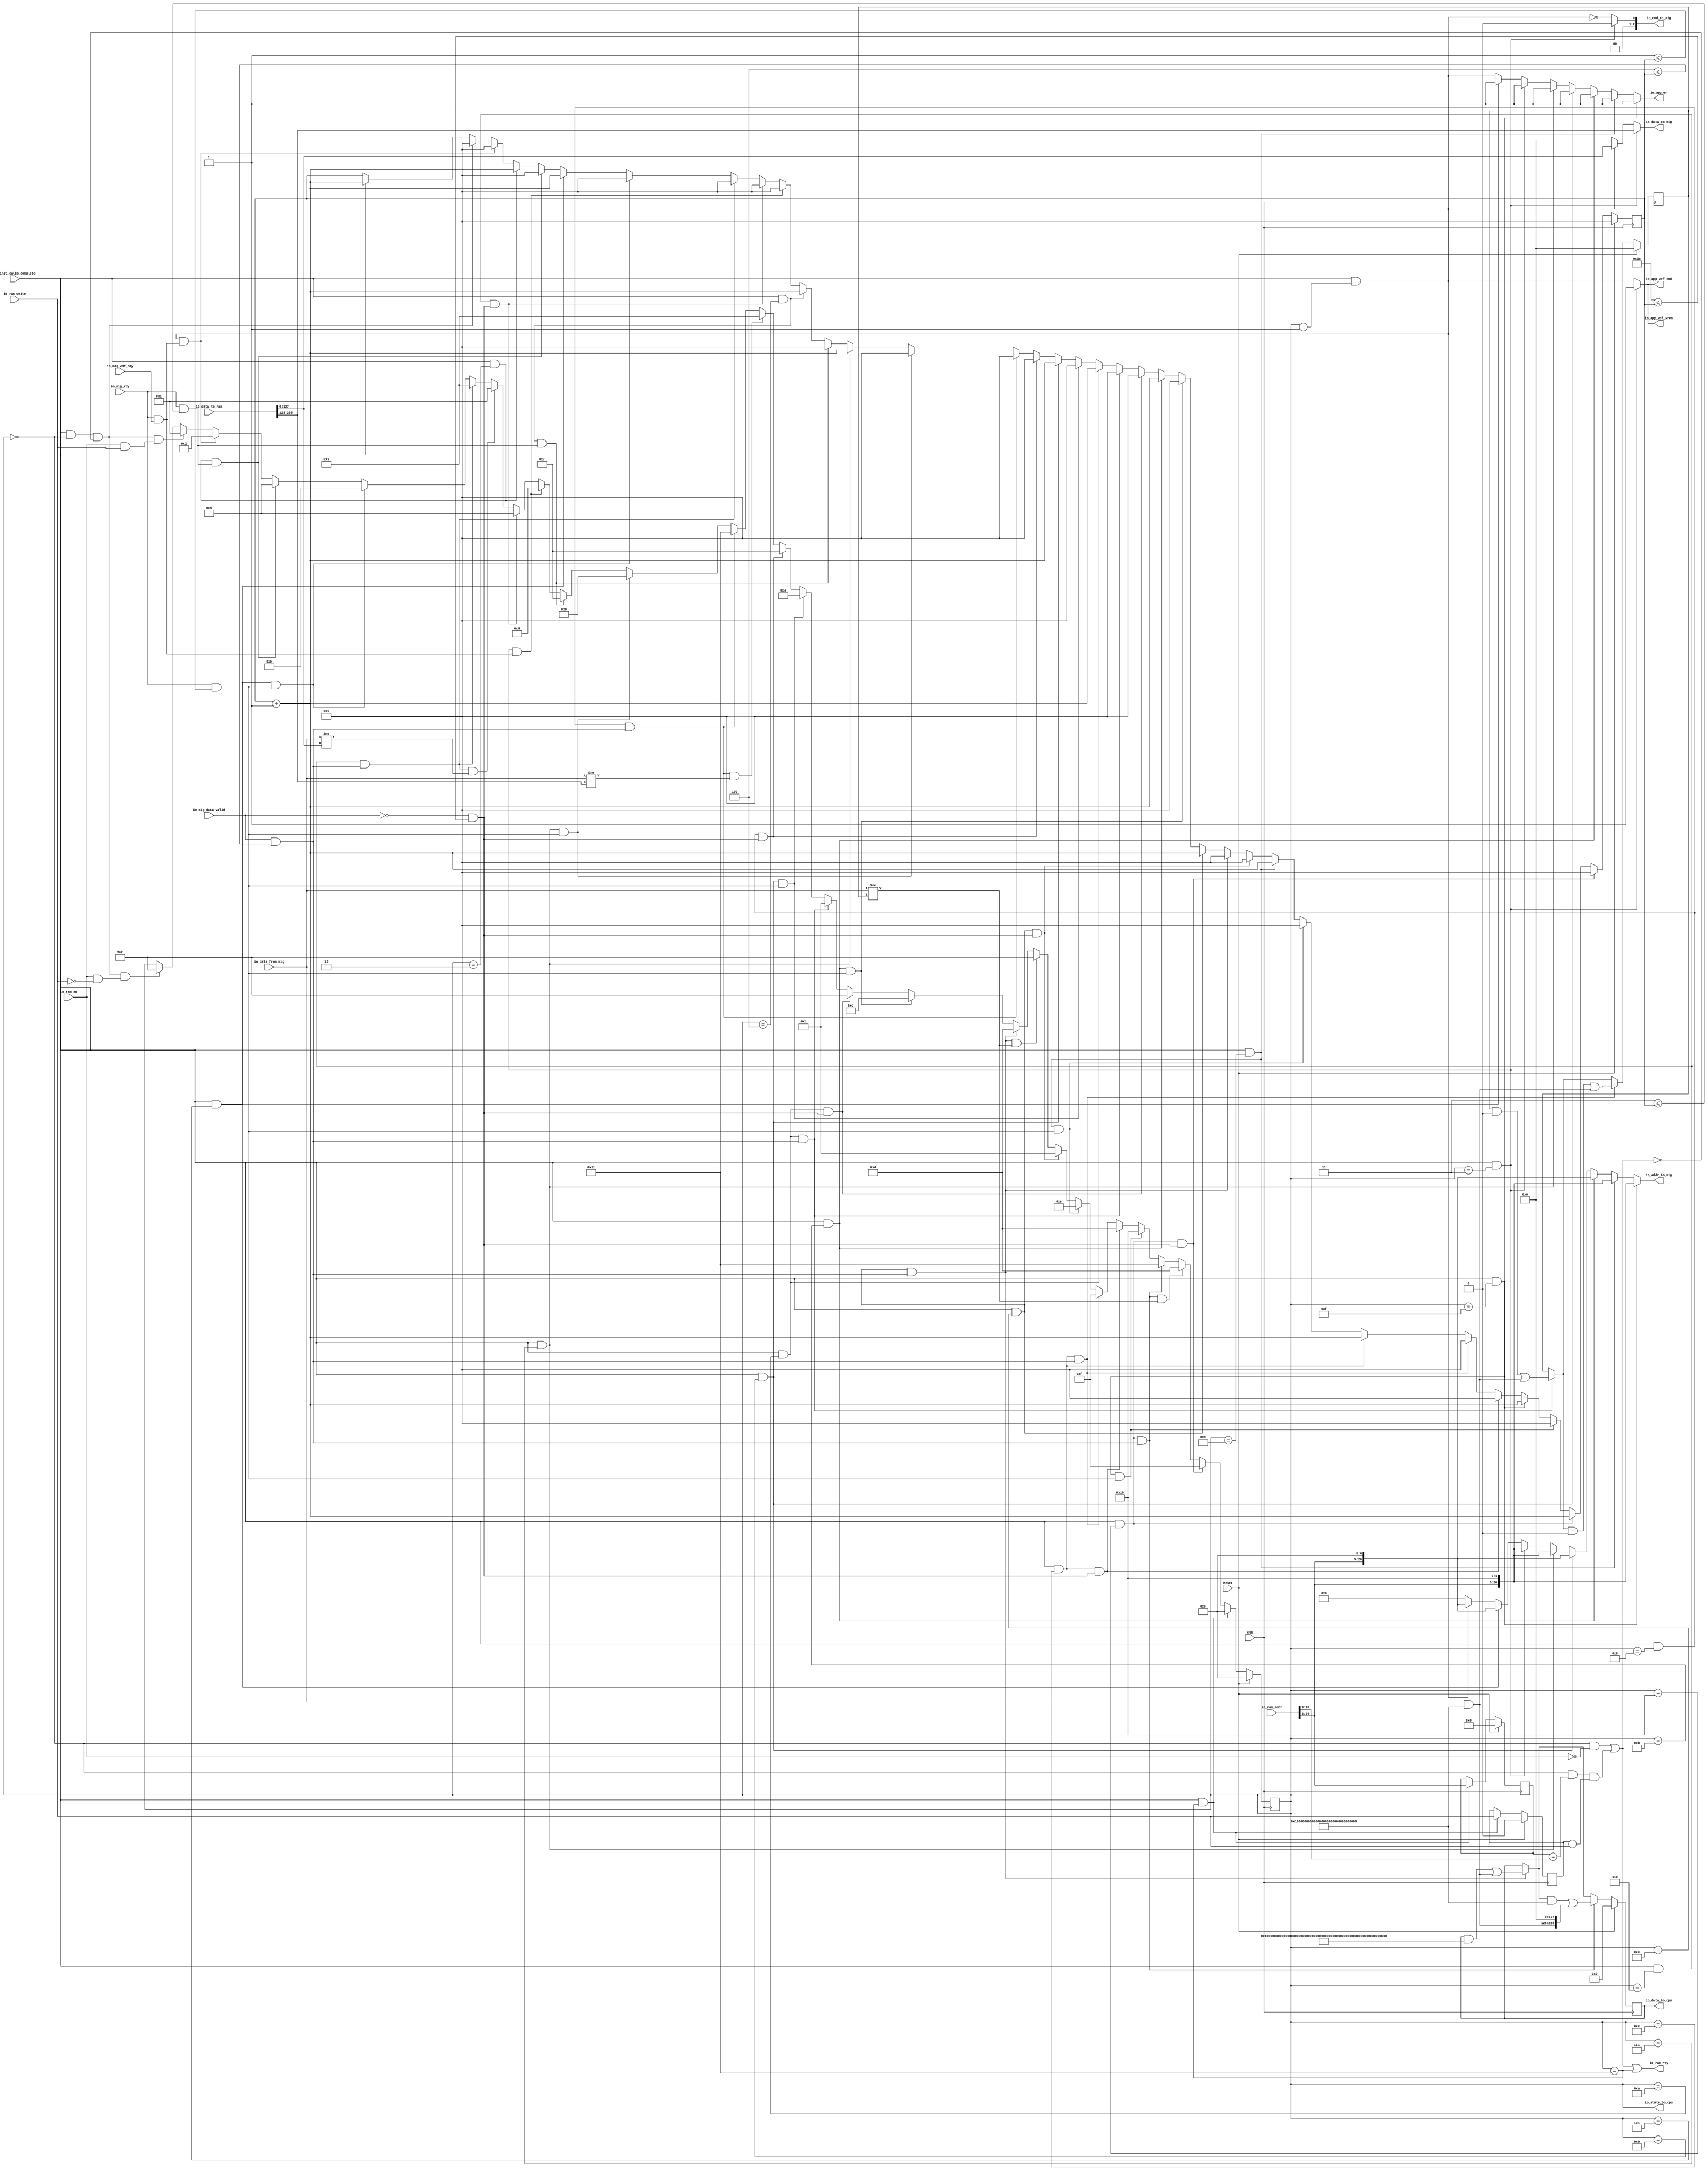
module DDRControlModule(input clk, input reset,
    input  io_init_calib_complete,
    input  io_mig_data_valid,
    input  io_mig_rdy,
    input  io_mig_wdf_rdy,
    input [127:0] io_data_from_mig,
    input  io_ram_en,
    input  io_ram_write,
    input [29:0] io_ram_addr,
    input [255:0] io_data_to_ram,
    output[2:0] io_cmd_to_mig,
    output io_app_en,
    output io_ram_rdy,
    output io_app_wdf_wren,
    output io_app_wdf_end,
    output[26:0] io_addr_to_mig,
    output[127:0] io_data_to_mig,
    output[255:0] io_data_to_cpu,
    output[4:0] io_state_to_cpu
);

  reg [4:0] state;
  wire[4:0] T283;
  wire[4:0] T0;
  wire[4:0] T1;
  wire[4:0] T2;
  wire[4:0] T3;
  wire[4:0] T4;
  wire[4:0] T5;
  wire[4:0] T6;
  wire[4:0] T7;
  wire[4:0] T8;
  wire[4:0] T9;
  wire[4:0] T10;
  wire[4:0] T11;
  wire[4:0] T12;
  wire[4:0] T13;
  wire[4:0] T14;
  wire[4:0] T15;
  wire[4:0] T16;
  wire[4:0] T17;
  wire[4:0] T18;
  wire[4:0] T19;
  wire[4:0] T20;
  wire[4:0] T21;
  wire[4:0] T22;
  wire[4:0] T23;
  wire[4:0] T24;
  wire[4:0] T25;
  wire[4:0] T26;
  wire[4:0] T27;
  wire[4:0] T28;
  wire T29;
  wire T30;
  wire T31;
  wire T32;
  wire T33;
  wire not_move;
  wire T34;
  wire T35;
  reg  ram_write_old;
  wire T284;
  wire T36;
  wire T37;
  wire T38;
  wire[22:0] T39;
  wire[22:0] T285;
  reg [21:0] ram_addr_old;
  wire[21:0] T286;
  wire[22:0] T287;
  wire[22:0] T40;
  wire[22:0] T288;
  wire[22:0] T41;
  wire T42;
  wire T43;
  wire T44;
  wire T45;
  wire T46;
  wire T47;
  wire T48;
  wire T49;
  wire T50;
  wire T51;
  wire T52;
  wire T53;
  wire T54;
  wire T55;
  wire T56;
  reg [5:0] counter;
  wire[5:0] T289;
  wire[5:0] T57;
  wire[5:0] T58;
  wire[5:0] T59;
  wire[5:0] T60;
  wire[5:0] T61;
  wire[5:0] T62;
  wire[5:0] T63;
  wire[5:0] T64;
  wire[5:0] T65;
  wire[5:0] T66;
  wire[5:0] T67;
  wire[5:0] T68;
  wire[5:0] T69;
  wire[5:0] T70;
  wire[5:0] T71;
  wire[5:0] T72;
  wire[5:0] T73;
  wire[5:0] T74;
  wire[5:0] T75;
  wire[5:0] T76;
  wire[5:0] T77;
  wire[5:0] T78;
  wire[5:0] T79;
  wire[5:0] T80;
  wire[5:0] T81;
  wire[5:0] T82;
  wire[5:0] T83;
  wire[5:0] T84;
  wire[5:0] T85;
  wire[5:0] T86;
  wire[5:0] T87;
  wire[5:0] T88;
  wire[5:0] T89;
  wire[5:0] T90;
  wire[5:0] T91;
  wire[5:0] T92;
  wire[5:0] T93;
  wire[5:0] T94;
  wire T95;
  wire T96;
  wire[5:0] T97;
  wire T98;
  wire T99;
  wire[5:0] T100;
  wire T101;
  wire T102;
  wire[5:0] T103;
  wire T104;
  wire T105;
  wire[5:0] T106;
  wire T107;
  wire T108;
  wire[5:0] T109;
  wire T110;
  wire T111;
  wire[5:0] T112;
  wire T113;
  wire T114;
  wire[5:0] T115;
  wire T116;
  wire T117;
  wire[5:0] T118;
  wire T119;
  wire T120;
  wire[5:0] T121;
  wire T122;
  wire T123;
  wire[5:0] T124;
  wire T125;
  wire T126;
  wire T127;
  wire T128;
  wire T129;
  wire T130;
  wire T131;
  wire T132;
  wire T133;
  wire T134;
  wire T135;
  wire T136;
  wire T137;
  wire T138;
  wire[127:0] T139;
  wire T140;
  wire T141;
  wire T142;
  wire T143;
  wire T144;
  wire T145;
  wire T146;
  wire T147;
  wire T148;
  wire T149;
  wire T150;
  wire T151;
  wire T152;
  wire T153;
  wire T154;
  wire T155;
  wire T156;
  wire T157;
  wire T158;
  wire T159;
  wire T160;
  wire[127:0] T161;
  wire T162;
  wire T163;
  wire T164;
  wire T165;
  wire T166;
  wire T167;
  wire T168;
  wire T169;
  wire T170;
  wire T171;
  wire T172;
  wire T173;
  wire T174;
  wire T175;
  wire T176;
  wire T177;
  wire T178;
  wire T179;
  wire T180;
  wire T181;
  wire T182;
  wire T183;
  wire[127:0] T184;
  reg [127:0] buffer_old;
  wire[127:0] T290;
  wire[128:0] T291;
  wire[128:0] T185;
  wire[128:0] T186;
  wire[128:0] T292;
  wire[128:0] T187;
  wire[128:0] T293;
  wire[127:0] T188;
  wire[127:0] T189;
  wire[128:0] T190;
  wire[128:0] T191;
  wire[128:0] T192;
  wire[128:0] T294;
  wire[128:0] T193;
  wire[128:0] T295;
  wire[127:0] T194;
  wire[127:0] T195;
  wire[128:0] T196;
  wire[128:0] T197;
  wire[128:0] T198;
  wire T199;
  wire T200;
  wire T201;
  wire T202;
  wire T203;
  wire T204;
  wire T205;
  wire T206;
  wire T207;
  wire T208;
  wire T209;
  wire T210;
  wire T211;
  wire T212;
  wire T213;
  wire T214;
  wire T215;
  wire T216;
  wire T217;
  wire T218;
  wire T219;
  wire T220;
  wire[127:0] T221;
  wire T222;
  wire T223;
  wire T224;
  wire T225;
  wire T226;
  wire T227;
  reg [255:0] buffer;
  wire[255:0] T296;
  wire[256:0] T297;
  wire[256:0] T228;
  wire[256:0] T298;
  wire[255:0] T229;
  wire[255:0] T230;
  wire[255:0] T299;
  wire[127:0] T231;
  wire[127:0] T232;
  wire[255:0] T233;
  wire[255:0] T300;
  wire[128:0] T234;
  wire[128:0] T235;
  wire[126:0] T301;
  wire T302;
  wire[256:0] T236;
  wire[256:0] T303;
  wire[255:0] T237;
  wire[127:0] T238;
  wire[256:0] T239;
  wire[256:0] T240;
  wire[256:0] T241;
  wire[256:0] T304;
  wire[127:0] T242;
  wire[127:0] T243;
  wire[127:0] T244;
  wire[127:0] T245;
  wire[26:0] T305;
  wire[27:0] T246;
  wire[27:0] T247;
  wire[27:0] T248;
  wire[27:0] T249;
  wire[27:0] T250;
  wire[27:0] T251;
  wire[27:0] T252;
  wire[27:0] T253;
  wire[27:0] T254;
  wire[22:0] T255;
  wire[27:0] T256;
  wire[22:0] T257;
  wire[27:0] T258;
  wire[22:0] T259;
  wire[27:0] T260;
  wire[22:0] T261;
  wire[27:0] T262;
  wire[22:0] T263;
  wire[27:0] T264;
  wire[22:0] T265;
  wire[27:0] T266;
  wire[22:0] T267;
  wire[27:0] T268;
  wire[22:0] T269;
  wire T270;
  wire T271;
  wire T272;
  wire T273;
  wire T274;
  wire T275;
  wire T276;
  wire T277;
  wire T278;
  wire T279;
  wire T280;
  wire[2:0] T306;
  wire T281;
  wire T282;

`ifndef SYNTHESIS
// synthesis translate_off
  integer initvar;
  initial begin
    #0.002;
    state = {1{$random}};
    ram_write_old = {1{$random}};
    ram_addr_old = {1{$random}};
    counter = {1{$random}};
    buffer_old = {4{$random}};
    buffer = {8{$random}};
  end
// synthesis translate_on
`endif

  assign io_state_to_cpu = state;
  assign T283 = reset ? 5'h0 : T0;
  assign T0 = T226 ? 5'h0 : T1;
  assign T1 = T222 ? 5'hf : T2;
  assign T2 = T219 ? 5'hd : T3;
  assign T3 = T216 ? 5'h11 : T4;
  assign T4 = T213 ? 5'h10 : T5;
  assign T5 = T209 ? 5'hd : T6;
  assign T6 = T206 ? 5'hf : T7;
  assign T7 = T203 ? 5'he : T8;
  assign T8 = T199 ? 5'hb : T9;
  assign T9 = T182 ? 5'h9 : T10;
  assign T10 = T179 ? 5'hd : T11;
  assign T11 = T176 ? 5'hc : T12;
  assign T12 = T172 ? 5'h9 : T13;
  assign T13 = T169 ? 5'hb : T14;
  assign T14 = T166 ? 5'ha : T15;
  assign T15 = T162 ? 5'h7 : T16;
  assign T16 = T159 ? 5'h3 : T17;
  assign T17 = T154 ? 5'h11 : T18;
  assign T18 = T151 ? 5'h8 : T19;
  assign T19 = T148 ? 5'h7 : T20;
  assign T20 = T144 ? 5'h4 : T21;
  assign T21 = T140 ? 5'h5 : T22;
  assign T22 = T137 ? 5'h1 : T23;
  assign T23 = T132 ? 5'h3 : T24;
  assign T24 = T129 ? 5'h6 : T25;
  assign T25 = T54 ? 5'h5 : T26;
  assign T26 = T50 ? 5'h2 : T27;
  assign T27 = T48 ? 5'h1 : T28;
  assign T28 = T29 ? 5'h9 : state;
  assign T29 = T32 & T30;
  assign T30 = io_ram_en & T31;
  assign T31 = ~ io_ram_write;
  assign T32 = T46 & T33;
  assign T33 = ~ not_move;
  assign not_move = T43 | T34;
  assign T34 = T37 & T35;
  assign T35 = ram_write_old == io_ram_write;
  assign T284 = reset ? 1'h0 : T36;
  assign T36 = T226 ? io_ram_write : ram_write_old;
  assign T37 = T42 & T38;
  assign T38 = T285 == T39;
  assign T39 = io_ram_addr[25:3];
  assign T285 = {1'h0, ram_addr_old};
  assign T286 = T287[21:0];
  assign T287 = reset ? 23'h0 : T40;
  assign T40 = T226 ? T41 : T288;
  assign T288 = {1'h0, ram_addr_old};
  assign T41 = io_ram_addr[25:3];
  assign T42 = state == 5'h0;
  assign T43 = T45 & T44;
  assign T44 = io_ram_en == 1'h0;
  assign T45 = state == 5'h0;
  assign T46 = io_init_calib_complete & T47;
  assign T47 = state == 5'h0;
  assign T48 = T32 & T49;
  assign T49 = io_ram_en & io_ram_write;
  assign T50 = T52 & T51;
  assign T51 = io_mig_rdy & io_mig_wdf_rdy;
  assign T52 = io_init_calib_complete & T53;
  assign T53 = state == 5'h1;
  assign T54 = T127 & T55;
  assign T55 = io_mig_rdy & T56;
  assign T56 = 6'h3 <= counter;
  assign T289 = reset ? 6'h0 : T57;
  assign T57 = T222 ? 6'h0 : T58;
  assign T58 = T125 ? T124 : T59;
  assign T59 = T213 ? 6'h0 : T60;
  assign T60 = T122 ? T121 : T61;
  assign T61 = T209 ? 6'h0 : T62;
  assign T62 = T206 ? 6'h0 : T63;
  assign T63 = T119 ? T118 : T64;
  assign T64 = T203 ? 6'h0 : T65;
  assign T65 = T116 ? T115 : T66;
  assign T66 = T199 ? 6'h0 : T67;
  assign T67 = T179 ? 6'h0 : T68;
  assign T68 = T113 ? T112 : T69;
  assign T69 = T176 ? 6'h0 : T70;
  assign T70 = T110 ? T109 : T71;
  assign T71 = T172 ? 6'h0 : T72;
  assign T72 = T169 ? 6'h0 : T73;
  assign T73 = T107 ? T106 : T74;
  assign T74 = T166 ? 6'h0 : T75;
  assign T75 = T104 ? T103 : T76;
  assign T76 = T162 ? 6'h0 : T77;
  assign T77 = T154 ? 6'h0 : T78;
  assign T78 = T151 ? 6'h0 : T79;
  assign T79 = T101 ? T100 : T80;
  assign T80 = T148 ? 6'h0 : T81;
  assign T81 = T98 ? T97 : T82;
  assign T82 = T144 ? 6'h0 : T83;
  assign T83 = T140 ? 6'h0 : T84;
  assign T84 = T132 ? 6'h0 : T85;
  assign T85 = T129 ? 6'h0 : T86;
  assign T86 = T95 ? T94 : T87;
  assign T87 = T54 ? 6'h0 : T88;
  assign T88 = T127 ? T93 : T89;
  assign T89 = T50 ? 6'h0 : T90;
  assign T90 = T32 ? 6'h0 : T91;
  assign T91 = io_init_calib_complete ? T92 : counter;
  assign T92 = counter + 6'h1;
  assign T93 = counter + 6'h1;
  assign T94 = counter + 6'h1;
  assign T95 = io_init_calib_complete & T96;
  assign T96 = state == 5'h5;
  assign T97 = counter + 6'h1;
  assign T98 = io_init_calib_complete & T99;
  assign T99 = state == 5'h4;
  assign T100 = counter + 6'h1;
  assign T101 = io_init_calib_complete & T102;
  assign T102 = state == 5'h7;
  assign T103 = counter + 6'h1;
  assign T104 = io_init_calib_complete & T105;
  assign T105 = state == 5'h9;
  assign T106 = counter + 6'h1;
  assign T107 = io_init_calib_complete & T108;
  assign T108 = state == 5'ha;
  assign T109 = counter + 6'h1;
  assign T110 = io_init_calib_complete & T111;
  assign T111 = state == 5'hb;
  assign T112 = counter + 6'h1;
  assign T113 = io_init_calib_complete & T114;
  assign T114 = state == 5'hc;
  assign T115 = counter + 6'h1;
  assign T116 = io_init_calib_complete & T117;
  assign T117 = state == 5'hd;
  assign T118 = counter + 6'h1;
  assign T119 = io_init_calib_complete & T120;
  assign T120 = state == 5'he;
  assign T121 = counter + 6'h1;
  assign T122 = io_init_calib_complete & T123;
  assign T123 = state == 5'hf;
  assign T124 = counter + 6'h1;
  assign T125 = io_init_calib_complete & T126;
  assign T126 = state == 5'h10;
  assign T127 = io_init_calib_complete & T128;
  assign T128 = state == 5'h2;
  assign T129 = T95 & T130;
  assign T130 = io_mig_rdy & T131;
  assign T131 = 6'h1 <= counter;
  assign T132 = T135 & T133;
  assign T133 = io_mig_data_valid & T134;
  assign T134 = 6'h4 <= counter;
  assign T135 = io_init_calib_complete & T136;
  assign T136 = state == 5'h6;
  assign T137 = T132 & T138;
  assign T138 = io_data_from_mig != T139;
  assign T139 = io_data_to_ram[127:0];
  assign T140 = T135 & T141;
  assign T141 = T143 & T142;
  assign T142 = 6'h3c <= counter;
  assign T143 = ~ io_mig_data_valid;
  assign T144 = T146 & T145;
  assign T145 = io_mig_rdy & io_mig_wdf_rdy;
  assign T146 = io_init_calib_complete & T147;
  assign T147 = state == 5'h3;
  assign T148 = T98 & T149;
  assign T149 = io_mig_rdy & T150;
  assign T150 = 6'h3 <= counter;
  assign T151 = T101 & T152;
  assign T152 = io_mig_rdy & T153;
  assign T153 = 6'h1 <= counter;
  assign T154 = T157 & T155;
  assign T155 = io_mig_data_valid & T156;
  assign T156 = 6'h4 <= counter;
  assign T157 = io_init_calib_complete & T158;
  assign T158 = state == 5'h8;
  assign T159 = T154 & T160;
  assign T160 = io_data_from_mig != T161;
  assign T161 = io_data_to_ram[255:128];
  assign T162 = T157 & T163;
  assign T163 = T165 & T164;
  assign T164 = 6'h3c <= counter;
  assign T165 = ~ io_mig_data_valid;
  assign T166 = T104 & T167;
  assign T167 = io_mig_rdy & T168;
  assign T168 = 6'h1 <= counter;
  assign T169 = T107 & T170;
  assign T170 = io_mig_data_valid & T171;
  assign T171 = 6'h4 <= counter;
  assign T172 = T107 & T173;
  assign T173 = T175 & T174;
  assign T174 = 6'h3c <= counter;
  assign T175 = ~ io_mig_data_valid;
  assign T176 = T110 & T177;
  assign T177 = io_mig_rdy & T178;
  assign T178 = 6'h1 <= counter;
  assign T179 = T113 & T180;
  assign T180 = io_mig_data_valid & T181;
  assign T181 = 6'h4 <= counter;
  assign T182 = T179 & T183;
  assign T183 = io_data_from_mig != T184;
  assign T184 = buffer_old;
  assign T290 = T291[127:0];
  assign T291 = reset ? 129'h0 : T185;
  assign T185 = T206 ? T193 : T186;
  assign T186 = T169 ? T187 : T292;
  assign T292 = {1'h0, buffer_old};
  assign T187 = T190 | T293;
  assign T293 = {1'h0, T188};
  assign T188 = T189 << 1'h0;
  assign T189 = io_data_from_mig & 128'hffffffffffffffffffffffffffffffff;
  assign T190 = T294 & T191;
  assign T191 = ~ T192;
  assign T192 = 129'hffffffffffffffffffffffffffffffff;
  assign T294 = {1'h0, buffer_old};
  assign T193 = T196 | T295;
  assign T295 = {1'h0, T194};
  assign T194 = T195 << 1'h0;
  assign T195 = io_data_from_mig & 128'hffffffffffffffffffffffffffffffff;
  assign T196 = T186 & T197;
  assign T197 = ~ T198;
  assign T198 = 129'hffffffffffffffffffffffffffffffff;
  assign T199 = T113 & T200;
  assign T200 = T202 & T201;
  assign T201 = 6'h3c <= counter;
  assign T202 = ~ io_mig_data_valid;
  assign T203 = T116 & T204;
  assign T204 = io_mig_rdy & T205;
  assign T205 = 6'h1 <= counter;
  assign T206 = T119 & T207;
  assign T207 = io_mig_data_valid & T208;
  assign T208 = 6'h4 <= counter;
  assign T209 = T119 & T210;
  assign T210 = T212 & T211;
  assign T211 = 6'h3c <= counter;
  assign T212 = ~ io_mig_data_valid;
  assign T213 = T122 & T214;
  assign T214 = io_mig_rdy & T215;
  assign T215 = 6'h1 <= counter;
  assign T216 = T125 & T217;
  assign T217 = io_mig_data_valid & T218;
  assign T218 = 6'h4 <= counter;
  assign T219 = T216 & T220;
  assign T220 = io_data_from_mig != T221;
  assign T221 = buffer_old;
  assign T222 = T125 & T223;
  assign T223 = T225 & T224;
  assign T224 = 6'h3c <= counter;
  assign T225 = ~ io_mig_data_valid;
  assign T226 = io_init_calib_complete & T227;
  assign T227 = state == 5'h11;
  assign io_data_to_cpu = buffer;
  assign T296 = T297[255:0];
  assign T297 = reset ? 257'h0 : T228;
  assign T228 = T216 ? T236 : T298;
  assign T298 = {1'h0, T229};
  assign T229 = T179 ? T230 : buffer;
  assign T230 = T233 | T299;
  assign T299 = {128'h0, T231};
  assign T231 = T232 << 1'h0;
  assign T232 = io_data_from_mig & 128'hffffffffffffffffffffffffffffffff;
  assign T233 = buffer & T300;
  assign T300 = {T301, T234};
  assign T234 = ~ T235;
  assign T235 = 129'hffffffffffffffffffffffffffffffff;
  assign T301 = T302 ? 127'h7fffffffffffffffffffffffffffffff : 127'h0;
  assign T302 = T234[128];
  assign T236 = T239 | T303;
  assign T303 = {1'h0, T237};
  assign T237 = T238 << 8'h80;
  assign T238 = io_data_from_mig & 128'hffffffffffffffffffffffffffffffff;
  assign T239 = T304 & T240;
  assign T240 = ~ T241;
  assign T241 = 257'hffffffffffffffffffffffffffffffff00000000000000000000000000000000;
  assign T304 = {1'h0, T229};
  assign io_data_to_mig = T242;
  assign T242 = T146 ? T245 : T243;
  assign T243 = T52 ? T244 : 128'h0;
  assign T244 = io_data_to_ram[127:0];
  assign T245 = io_data_to_ram[255:128];
  assign io_addr_to_mig = T305;
  assign T305 = T246[26:0];
  assign T246 = T122 ? T268 : T247;
  assign T247 = T116 ? T266 : T248;
  assign T248 = T110 ? T264 : T249;
  assign T249 = T104 ? T262 : T250;
  assign T250 = T101 ? T260 : T251;
  assign T251 = T146 ? T258 : T252;
  assign T252 = T95 ? T256 : T253;
  assign T253 = T52 ? T254 : 28'h0;
  assign T254 = {T255, 5'h0};
  assign T255 = io_ram_addr[25:3];
  assign T256 = {T257, 5'h0};
  assign T257 = io_ram_addr[25:3];
  assign T258 = {T259, 5'h10};
  assign T259 = io_ram_addr[25:3];
  assign T260 = {T261, 5'h10};
  assign T261 = io_ram_addr[25:3];
  assign T262 = {T263, 5'h0};
  assign T263 = io_ram_addr[25:3];
  assign T264 = {T265, 5'h0};
  assign T265 = io_ram_addr[25:3];
  assign T266 = {T267, 5'h10};
  assign T267 = io_ram_addr[25:3];
  assign T268 = {T269, 5'h10};
  assign T269 = io_ram_addr[25:3];
  assign io_app_wdf_end = T270;
  assign T270 = T146 ? 1'h1 : T52;
  assign io_app_wdf_wren = T271;
  assign T271 = T146 ? 1'h1 : T52;
  assign io_ram_rdy = T272;
  assign T272 = not_move | T273;
  assign T273 = state == 5'h11;
  assign io_app_en = T274;
  assign T274 = T122 ? 1'h1 : T275;
  assign T275 = T116 ? 1'h1 : T276;
  assign T276 = T110 ? 1'h1 : T277;
  assign T277 = T104 ? 1'h1 : T278;
  assign T278 = T101 ? 1'h1 : T279;
  assign T279 = T146 ? 1'h1 : T280;
  assign T280 = T95 ? 1'h1 : T52;
  assign io_cmd_to_mig = T306;
  assign T306 = {2'h0, T281};
  assign T281 = T146 ? 1'h0 : T282;
  assign T282 = T52 == 1'h0;

  always @(posedge clk) begin
    if(reset) begin
      state <= 5'h0;
    end else if(T226) begin
      state <= 5'h0;
    end else if(T222) begin
      state <= 5'hf;
    end else if(T219) begin
      state <= 5'hd;
    end else if(T216) begin
      state <= 5'h11;
    end else if(T213) begin
      state <= 5'h10;
    end else if(T209) begin
      state <= 5'hd;
    end else if(T206) begin
      state <= 5'hf;
    end else if(T203) begin
      state <= 5'he;
    end else if(T199) begin
      state <= 5'hb;
    end else if(T182) begin
      state <= 5'h9;
    end else if(T179) begin
      state <= 5'hd;
    end else if(T176) begin
      state <= 5'hc;
    end else if(T172) begin
      state <= 5'h9;
    end else if(T169) begin
      state <= 5'hb;
    end else if(T166) begin
      state <= 5'ha;
    end else if(T162) begin
      state <= 5'h7;
    end else if(T159) begin
      state <= 5'h3;
    end else if(T154) begin
      state <= 5'h11;
    end else if(T151) begin
      state <= 5'h8;
    end else if(T148) begin
      state <= 5'h7;
    end else if(T144) begin
      state <= 5'h4;
    end else if(T140) begin
      state <= 5'h5;
    end else if(T137) begin
      state <= 5'h1;
    end else if(T132) begin
      state <= 5'h3;
    end else if(T129) begin
      state <= 5'h6;
    end else if(T54) begin
      state <= 5'h5;
    end else if(T50) begin
      state <= 5'h2;
    end else if(T48) begin
      state <= 5'h1;
    end else if(T29) begin
      state <= 5'h9;
    end
    if(reset) begin
      ram_write_old <= 1'h0;
    end else if(T226) begin
      ram_write_old <= io_ram_write;
    end
    ram_addr_old <= T286;
    if(reset) begin
      counter <= 6'h0;
    end else if(T222) begin
      counter <= 6'h0;
    end else if(T125) begin
      counter <= T124;
    end else if(T213) begin
      counter <= 6'h0;
    end else if(T122) begin
      counter <= T121;
    end else if(T209) begin
      counter <= 6'h0;
    end else if(T206) begin
      counter <= 6'h0;
    end else if(T119) begin
      counter <= T118;
    end else if(T203) begin
      counter <= 6'h0;
    end else if(T116) begin
      counter <= T115;
    end else if(T199) begin
      counter <= 6'h0;
    end else if(T179) begin
      counter <= 6'h0;
    end else if(T113) begin
      counter <= T112;
    end else if(T176) begin
      counter <= 6'h0;
    end else if(T110) begin
      counter <= T109;
    end else if(T172) begin
      counter <= 6'h0;
    end else if(T169) begin
      counter <= 6'h0;
    end else if(T107) begin
      counter <= T106;
    end else if(T166) begin
      counter <= 6'h0;
    end else if(T104) begin
      counter <= T103;
    end else if(T162) begin
      counter <= 6'h0;
    end else if(T154) begin
      counter <= 6'h0;
    end else if(T151) begin
      counter <= 6'h0;
    end else if(T101) begin
      counter <= T100;
    end else if(T148) begin
      counter <= 6'h0;
    end else if(T98) begin
      counter <= T97;
    end else if(T144) begin
      counter <= 6'h0;
    end else if(T140) begin
      counter <= 6'h0;
    end else if(T132) begin
      counter <= 6'h0;
    end else if(T129) begin
      counter <= 6'h0;
    end else if(T95) begin
      counter <= T94;
    end else if(T54) begin
      counter <= 6'h0;
    end else if(T127) begin
      counter <= T93;
    end else if(T50) begin
      counter <= 6'h0;
    end else if(T32) begin
      counter <= 6'h0;
    end else if(io_init_calib_complete) begin
      counter <= T92;
    end
    buffer_old <= T290;
    buffer <= T296;
  end
endmodule